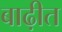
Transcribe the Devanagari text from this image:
बाढ़ीत